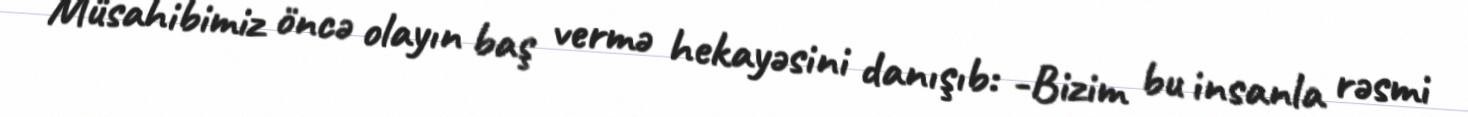
Müsahibimiz öncə olayın baş vermə hekayəsini danışıb: -Bizim bu insanla rəsmi